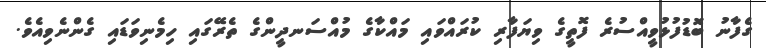
ގެފާނު ބޮޑުފުޅުވީއްސުރެ ފޮތީގެ ވިޔަފާރި ކުރައްވައި މައްކާގެ މުއްސަނދީންގެ ތެރޭގައި ހިމެނިވަޑައި ގެންނެވިއެވެ.